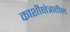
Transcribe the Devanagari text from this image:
काशीक्षेत्रातील